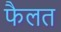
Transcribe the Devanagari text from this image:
फैलत